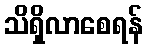
သိရှိလာစေရန်